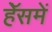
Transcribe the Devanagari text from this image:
हॅेसमें